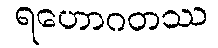
ရဟောဂတဿ